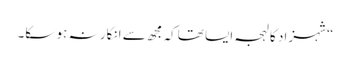
“شہزاد کا لہجہ ایسا تھاکہ مجھ سے انکار نہ ہو سکا۔